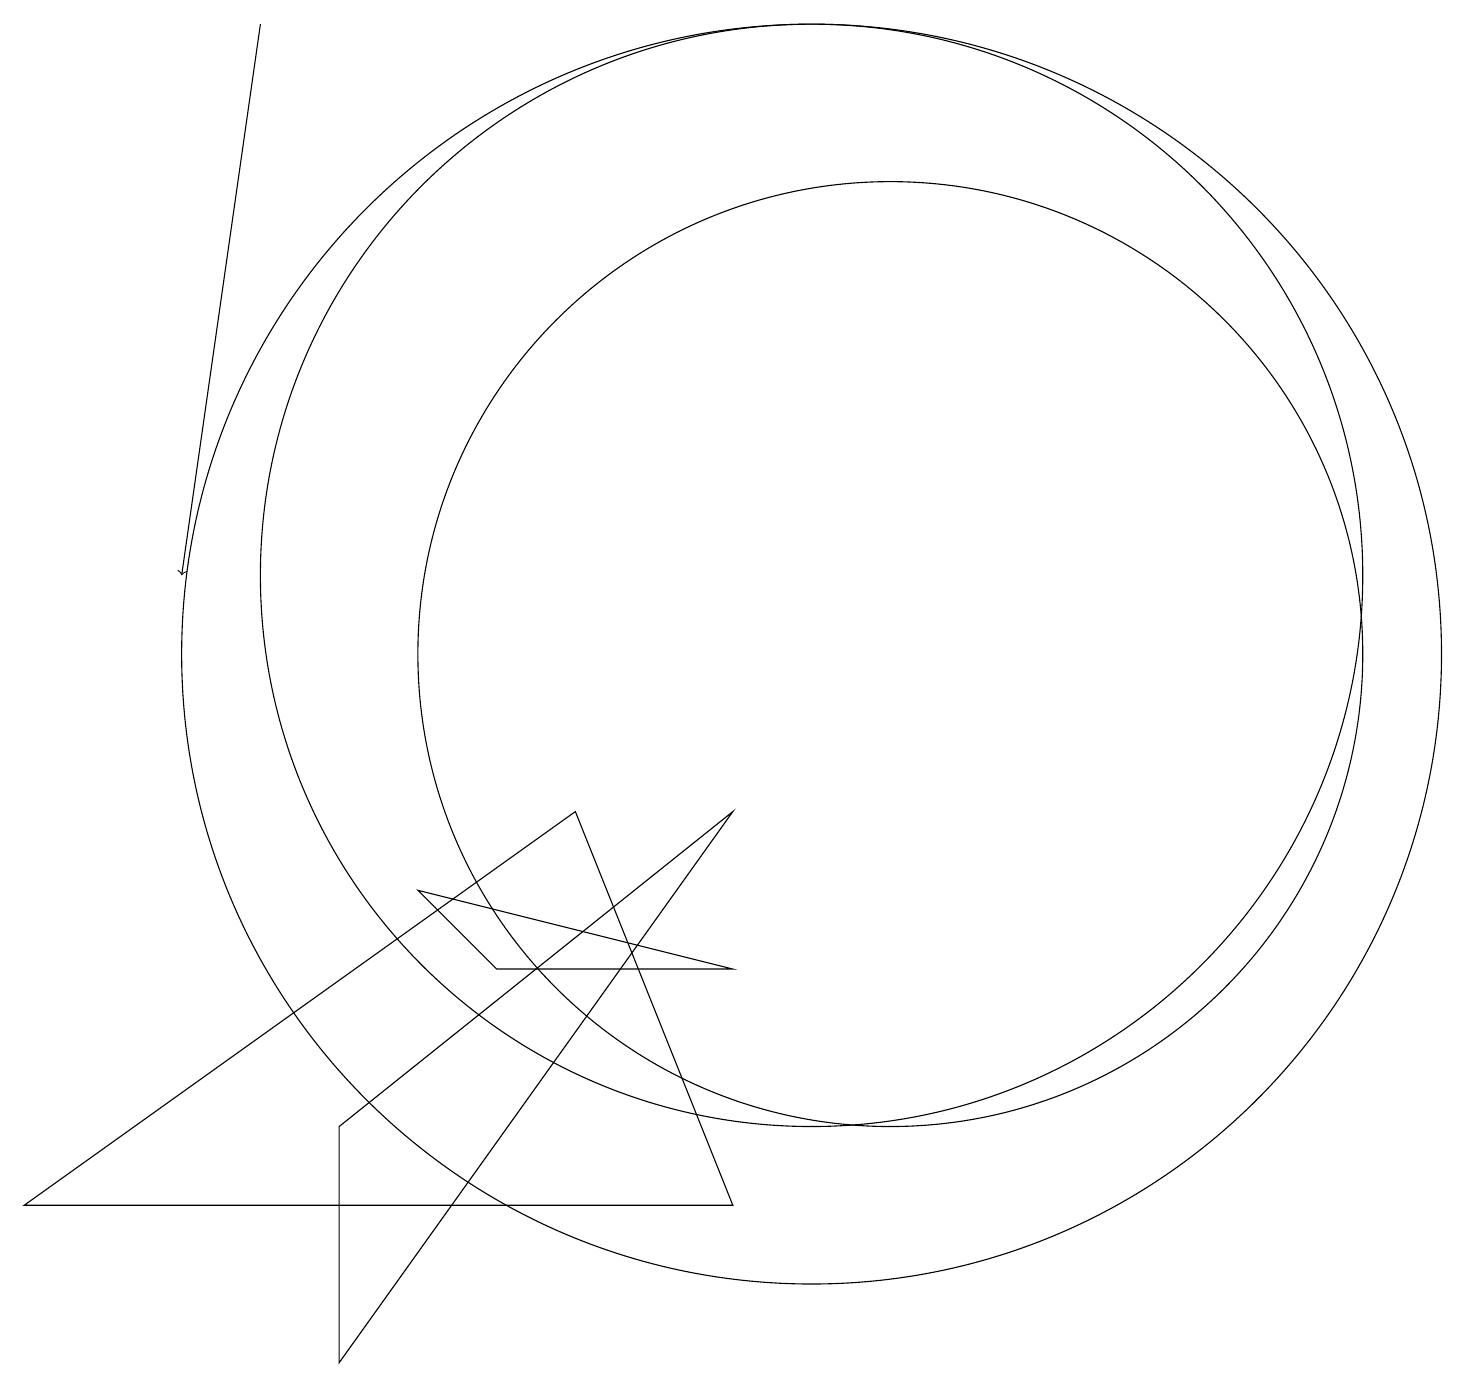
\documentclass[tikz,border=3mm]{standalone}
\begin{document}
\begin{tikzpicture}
\draw[->] (3,18) -- (2,11);
\draw (9,3) -- (7,8) -- (0,3) -- cycle;
\draw (9,6) -- (5,7) -- (6,6) -- cycle;
\draw (10,11) circle (7);
\draw (10,10) circle (8);
\draw (11,10) circle (6);
\draw (9,8) -- (4,1) -- (4,4) -- cycle;
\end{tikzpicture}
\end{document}